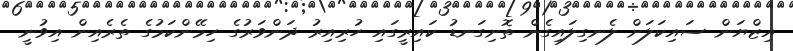
އިޒްޔަން ސައިކަލަށް ލެނގިލައިގެން ތޮށިގަނޑު ކައިރީގައި ހުރިއިރު ދަންވަރުގެ ހިމޭންކަމުގެ ތެރެއިން އިވުނީ